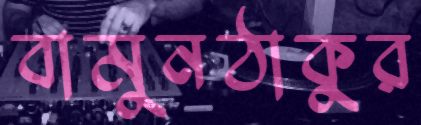
বামুনঠাকুর